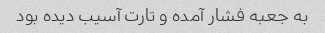
به جعبه فشار آمده و تارت آسیب دیده بود